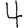
Digit: 4